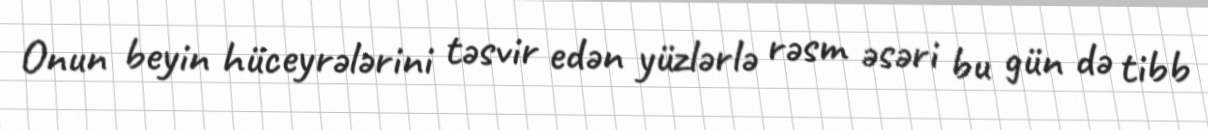
Onun beyin hüceyrələrini təsvir edən yüzlərlə rəsm əsəri bu gün də tibb